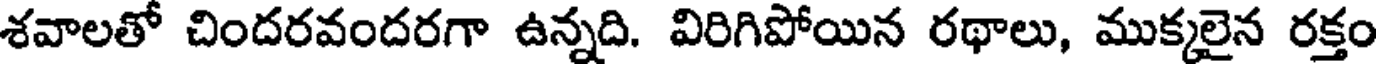
శవాలతో చిందరవందరగా ఉన్నది. విరిగిపోయిన రథాలు, ముక్కలైన రక్తం